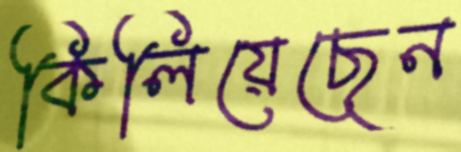
কিলিয়েছেন